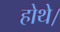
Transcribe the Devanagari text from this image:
होथे।